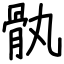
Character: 骫